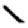
Digit: 1